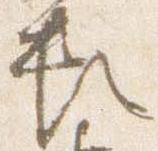
頼